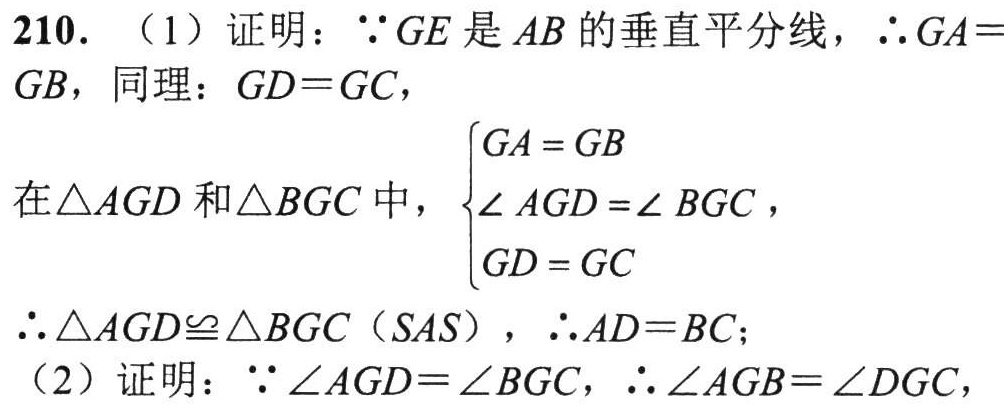
210. （1）证明：\(\because GE\) 是 \(AB\) 的垂直平分线，\(\therefore GA = GB\)，同理：\(GD = GC\)，
在\(\triangle AGD\) 和\(\triangle BGC\) 中，\(\begin{cases}GA = GB\\\angle AGD=\angle BGC\\GD = GC\end{cases}\)，
\(\therefore\triangle AGD\cong\triangle BGC\)（\(SAS\)），\(\therefore AD = BC\)；
（2）证明：\(\because\angle AGD=\angle BGC\)，\(\therefore\angle AGB=\angle DGC\)，